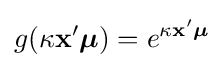
g(\kappa \mathbf {x} '{\boldsymbol {\mu }})=e^{\kappa \mathbf {x} '{\boldsymbol {\mu }}}